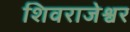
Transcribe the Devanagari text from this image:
शिवराजेश्वर